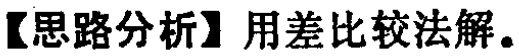
【思路分析】用差比较法解。